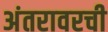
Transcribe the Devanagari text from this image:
अंतरावरची